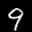
Label: 9